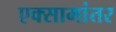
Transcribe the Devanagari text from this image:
एक्सामांतर